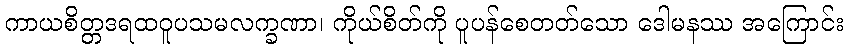
ကာယစိတ္တဒရထဝူပသမလက္ခဏာ၊ ကိုယ်စိတ်ကို ပူပန်စေတတ်သော ဒေါမနဿ အကြောင်း